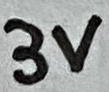
Text: 3V